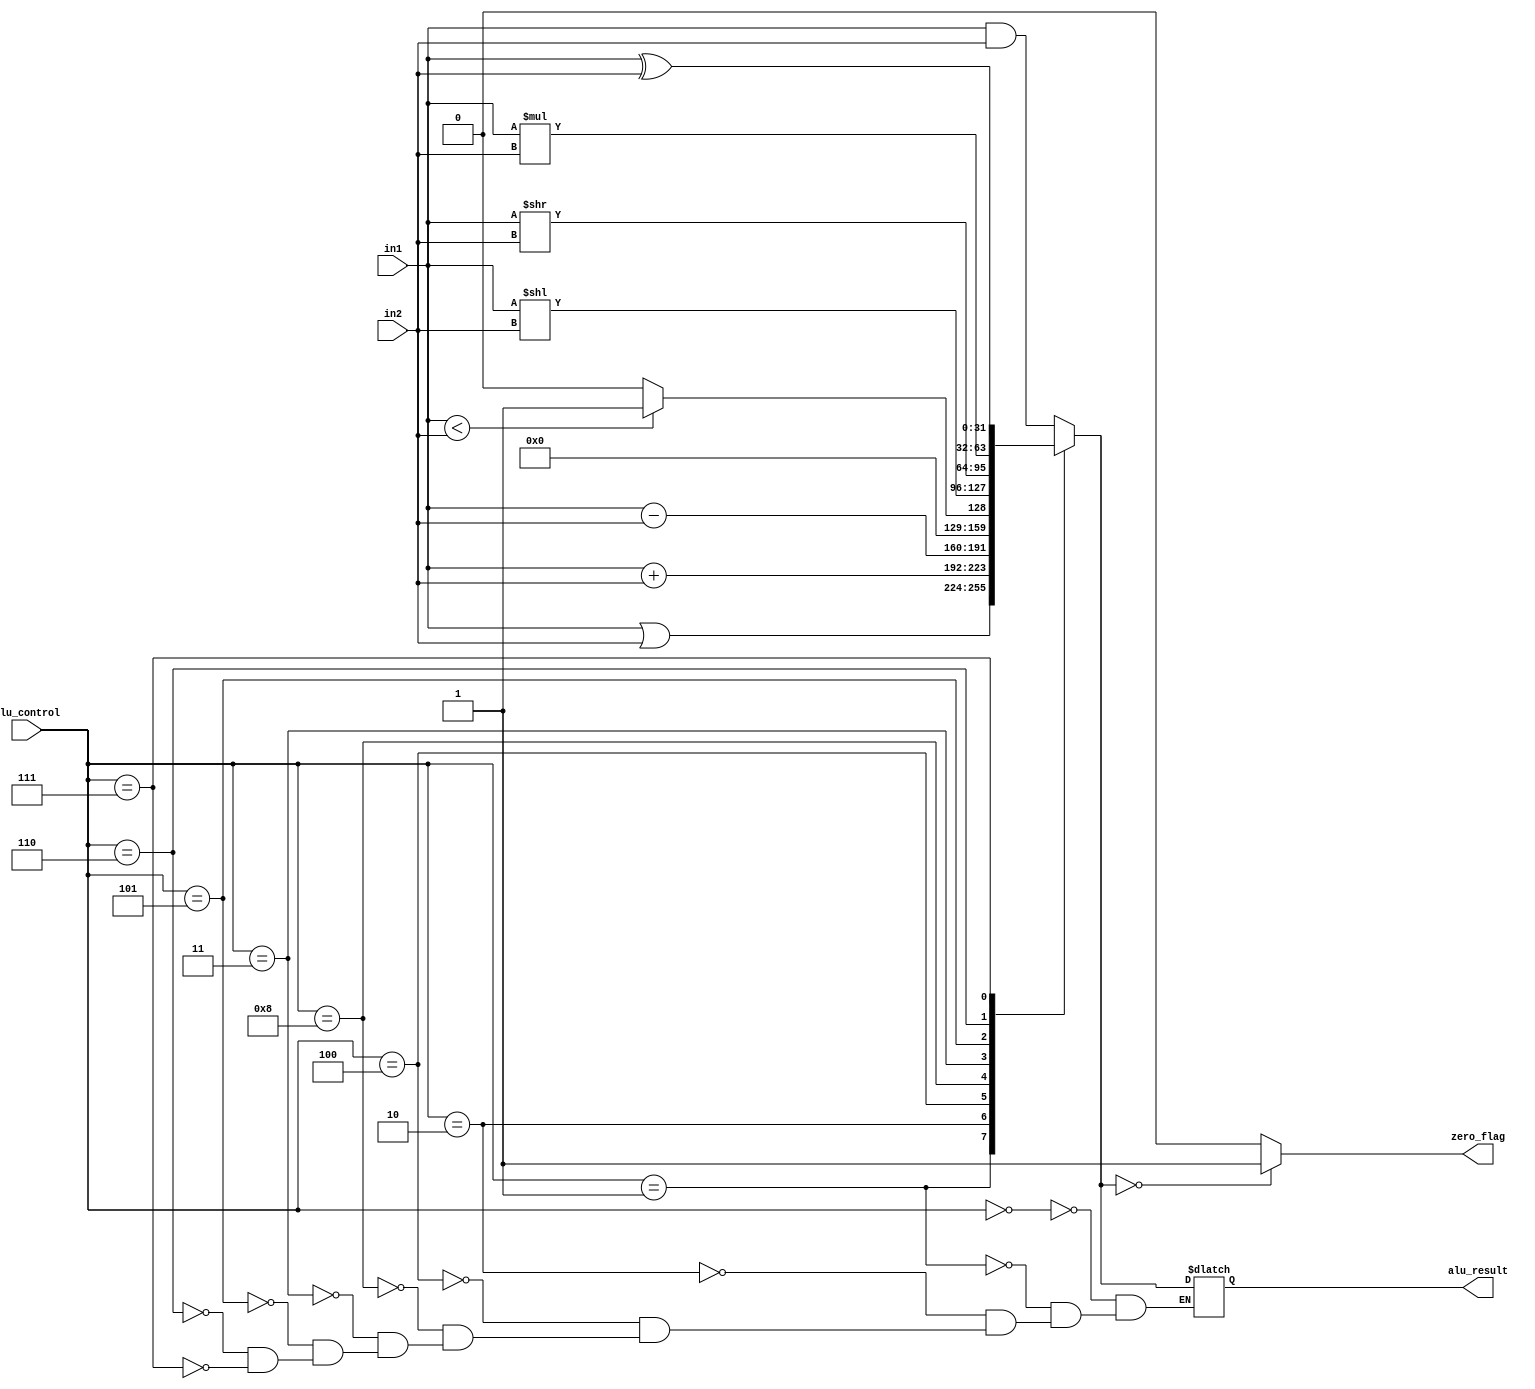
`timescale 1ns / 1ps
// ALU : Arithmetic Logic Unit
/*
ALU Control lines | Function
-----------------------------
        0000    Bitwise-AND
        0001    Bitwise-OR
        0010	Add (A+B)
        0100	Subtract (A-B)
        1000	Set on less than
        0011    Shift left logical
        0101    Shift right logical
        0110    Multiply
        0111    Bitwise-XOR
*/

module ALU (
    input [31:0] in1, in2,  // ki girdi verisi in1 ve in2 (her biri 32 bit)
    input [3:0] alu_control, // ALU ilem kontrol sinyali (4 bit)
    output reg [31:0] alu_result, // ALU'nun sonu k (32 bit)
    output reg zero_flag // Sfr bayra (0 bayra) k (bir bit)
);
    always @(*)
    begin
        // Switch-Case
        case (alu_control)
        4'b0000: alu_result = in1 & in2; // AND ilemi: in1 ve in2 arasnda mantksal "ve" ilemi yapar
        4'b0001: alu_result = in1 | in2; // OR ilemi: in1 ve in2 arasnda mantksal "veya" ilemi yapar
        4'b0010: alu_result = in1 + in2; // Toplama ilemi: in1 ve in2'yi toplar
        4'b0100: alu_result = in1 - in2; // karma ilemi: in1'den in2'yi karr
        4'b1000: begin 
            if (in1 < in2)
                alu_result = 1; // Eer in1, in2'den kkse, sonu 1 olur; aksi halde 0 olur
            else
                alu_result = 0;
        end
        4'b0011: alu_result = in1 << in2; // kili sola kaydrma ilemi (shift): in1'i in2 kadar sola kaydrr
        4'b0101: alu_result = in1 >> in2; // kili saa kaydrma ilemi (shift): in1'i in2 kadar saa kaydrr
        4'b0110: alu_result = in1 * in2; // arpma ilemi: in1 ile in2'yi arpar
        4'b0111: alu_result = in1 ^ in2; // XOR ilemi: in1 ve in2 arasnda mantksal "XOR" ilemi yapar
        endcase
        // ALU sonucu sfra eitse, sfr bayran ayarlama
        if (alu_result == 0)
            zero_flag = 1'b1; // Sonu sfrsa, sfr bayra 1 olur
        else
            zero_flag = 1'b0; // Aksi halde sfr bayra 0 olur
    end
endmodule